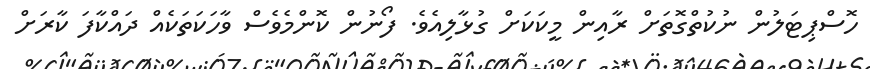
ހޮސްޕިޓަލުން ނުކުތްގޮތަށް ރާއިން މީކަކަށް ގުޅާލިއެވެ. ފޯނުން ކޮންމެވެސް ވާހަކަތަކެއް ދައްކާފަ ކާރަށް